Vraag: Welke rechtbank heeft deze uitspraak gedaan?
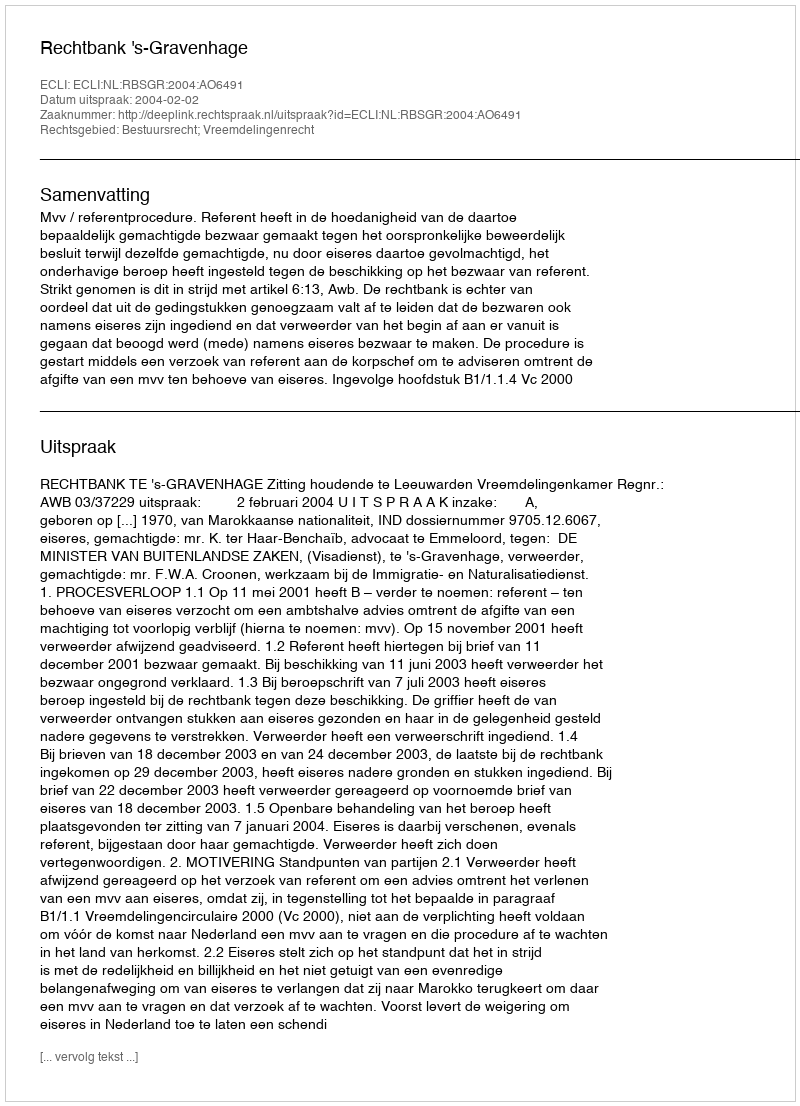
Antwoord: Rechtbank 's-Gravenhage